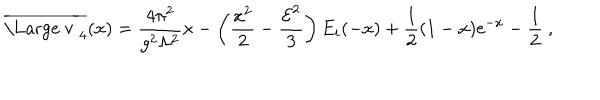
\overline { { { \mathrm { \Large ~ v ~ } } } } _ { 4 } ( x ) = { \frac { 4 \pi ^ { 2 } } { g ^ { 2 } \Lambda ^ { 2 } } } x - \left( { \frac { x ^ { 2 } } { 2 } } - { \frac { { \cal E } ^ { 2 } } { 3 } } \right) E _ { i } ( - x ) + { \frac { 1 } { 2 } } ( 1 - x ) { \mathrm e } ^ { - x } - { \frac { 1 } { 2 } } \ ,